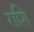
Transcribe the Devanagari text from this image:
राशि